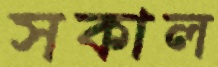
সকাল